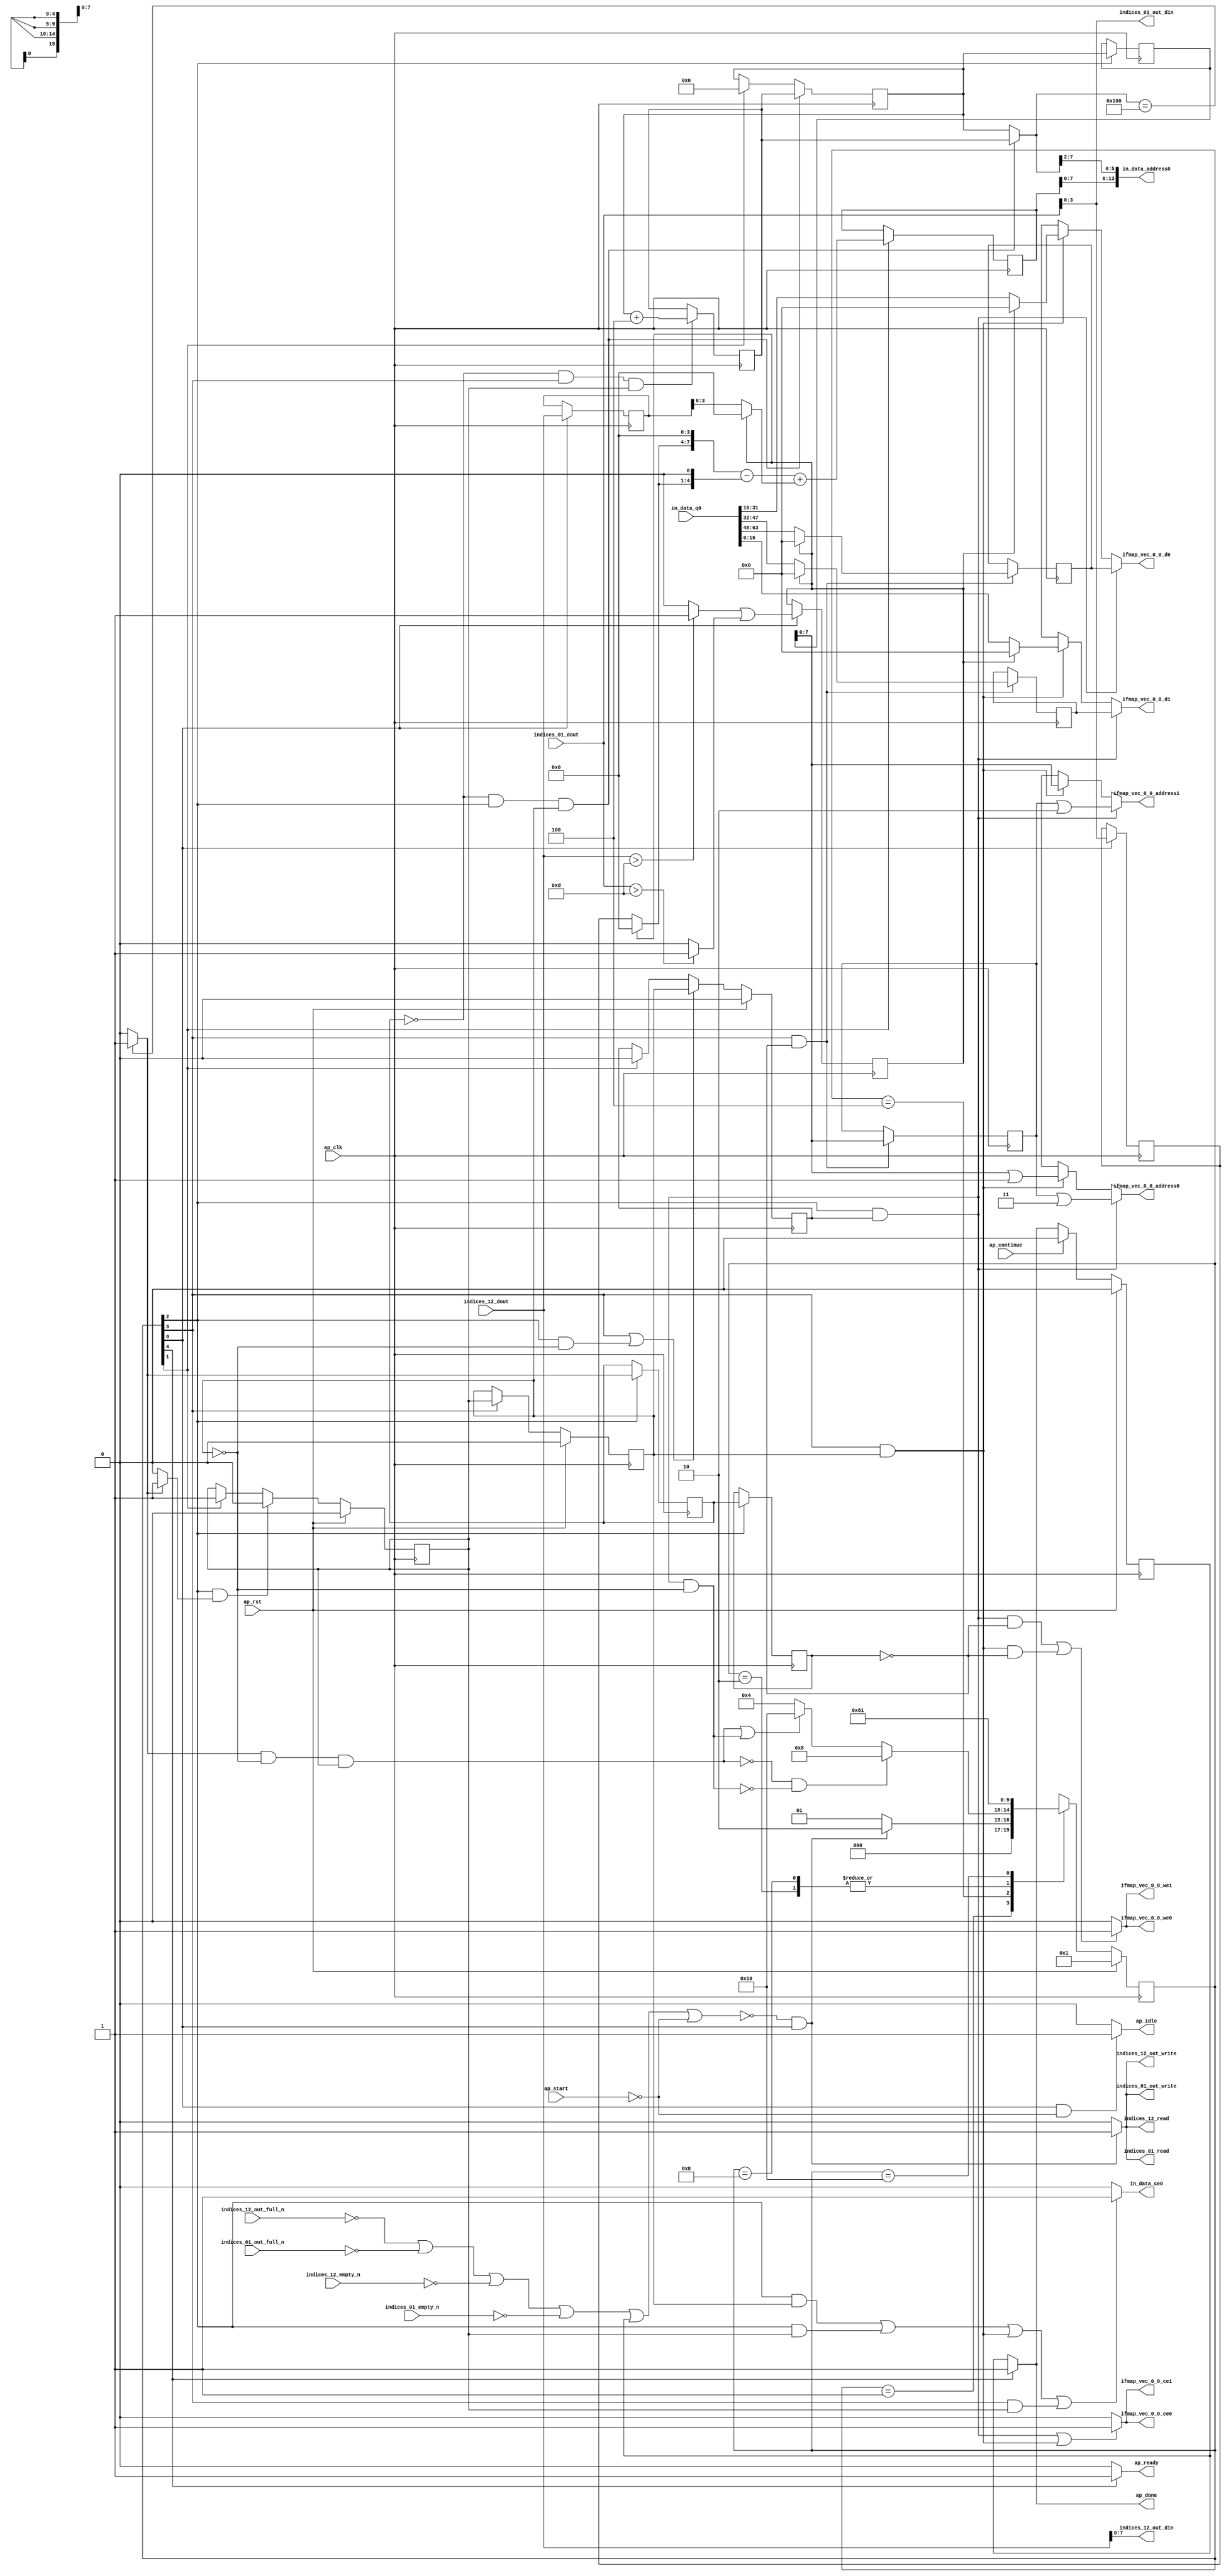
`define EXPONENT 5
`define MANTISSA 10
`define ACTUAL_MANTISSA 11
`define EXPONENT_LSB 10
`define EXPONENT_MSB 14
`define MANTISSA_LSB 0
`define MANTISSA_MSB 9
`define MANTISSA_MUL_SPLIT_LSB 3
`define MANTISSA_MUL_SPLIT_MSB 9
`define SIGN 1
`define SIGN_LOC 15
`define DWIDTH (`SIGN+`EXPONENT+`MANTISSA)
`define IEEE_COMPLIANCE 1

module td_fused_top_tdf9_readInputs (
        ap_clk,
        ap_rst,
        ap_start,
        ap_done,
        ap_continue,
        ap_idle,
        ap_ready,
        in_data_address0,
        in_data_ce0,
        in_data_q0,
        indices_01_dout,
        indices_01_empty_n,
        indices_01_read,
        indices_12_dout,
        indices_12_empty_n,
        indices_12_read,
        ifmap_vec_0_0_address0,
        ifmap_vec_0_0_ce0,
        ifmap_vec_0_0_we0,
        ifmap_vec_0_0_d0,
        ifmap_vec_0_0_address1,
        ifmap_vec_0_0_ce1,
        ifmap_vec_0_0_we1,
        ifmap_vec_0_0_d1,
        indices_01_out_din,
        indices_01_out_full_n,
        indices_01_out_write,
        indices_12_out_din,
        indices_12_out_full_n,
        indices_12_out_write
);

parameter    ap_ST_fsm_state1 = 5'd1;
parameter    ap_ST_fsm_state2 = 5'd2;
parameter    ap_ST_fsm_pp0_stage0 = 5'd4;
parameter    ap_ST_fsm_pp0_stage1 = 5'd8;
parameter    ap_ST_fsm_state8 = 5'd16;

input   ap_clk;
input   ap_rst;
input   ap_start;
output   ap_done;
input   ap_continue;
output   ap_idle;
output   ap_ready;
output  [13:0] in_data_address0;
output   in_data_ce0;
input  [63:0] in_data_q0;
input  [15:0] indices_01_dout;
input   indices_01_empty_n;
output   indices_01_read;
input  [15:0] indices_12_dout;
input   indices_12_empty_n;
output   indices_12_read;
output  [7:0] ifmap_vec_0_0_address0;
output   ifmap_vec_0_0_ce0;
output   ifmap_vec_0_0_we0;
output  [15:0] ifmap_vec_0_0_d0;
output  [7:0] ifmap_vec_0_0_address1;
output   ifmap_vec_0_0_ce1;
output   ifmap_vec_0_0_we1;
output  [15:0] ifmap_vec_0_0_d1;
output  [3:0] indices_01_out_din;
input   indices_01_out_full_n;
output   indices_01_out_write;
output  [7:0] indices_12_out_din;
input   indices_12_out_full_n;
output   indices_12_out_write;

reg ap_done;
reg ap_idle;
reg ap_ready;
reg in_data_ce0;
reg indices_01_read;
reg indices_12_read;
reg[7:0] ifmap_vec_0_0_address0;
reg ifmap_vec_0_0_ce0;
reg ifmap_vec_0_0_we0;
reg[15:0] ifmap_vec_0_0_d0;
reg[7:0] ifmap_vec_0_0_address1;
reg ifmap_vec_0_0_ce1;
reg ifmap_vec_0_0_we1;
reg[15:0] ifmap_vec_0_0_d1;
reg indices_01_out_write;
reg indices_12_out_write;

reg    ap_done_reg;
  reg   [4:0] ap_CS_fsm;
wire    ap_CS_fsm_state1;
reg    indices_01_blk_n;
reg    indices_12_blk_n;
reg    indices_01_out_blk_n;
reg    indices_12_out_blk_n;
reg   [8:0] kk_0_i_i_reg_180;
reg   [8:0] kk_0_i_i_reg_180_pp0_iter1_reg;
wire    ap_CS_fsm_pp0_stage0;
wire    ap_block_state3_pp0_stage0_iter0;
wire    ap_block_state5_pp0_stage0_iter1;
wire    ap_block_state7_pp0_stage0_iter2;
wire    ap_block_pp0_stage0_11001;
wire   [3:0] trunc_ln135_fu_192_p1;
reg   [3:0] trunc_ln135_reg_434;
reg   [15:0] col_coord_reg_439;
wire   [0:0] is_padding_fu_214_p2;
reg   [0:0] is_padding_reg_444;
wire   [9:0] add_ln32_fu_274_p2;
reg   [9:0] add_ln32_reg_454;
wire    ap_CS_fsm_state2;
wire   [0:0] icmp_ln25_fu_280_p2;
reg   [0:0] icmp_ln25_reg_459;
reg   [0:0] icmp_ln25_reg_459_pp0_iter1_reg;
wire   [8:0] add_ln25_fu_308_p2;
reg   [8:0] add_ln25_reg_468;
wire    ap_CS_fsm_pp0_stage1;
reg    ap_enable_reg_pp0_iter0;
wire    ap_block_state4_pp0_stage1_iter0;
wire    ap_block_state6_pp0_stage1_iter1;
wire    ap_block_pp0_stage1_11001;
wire   [7:0] empty_56_fu_314_p1;
reg   [7:0] empty_56_reg_473;
wire   [15:0] select_ln33_2_fu_386_p3;
reg   [15:0] select_ln33_2_reg_479;
wire   [15:0] select_ln33_3_fu_407_p3;
reg   [15:0] select_ln33_3_reg_484;
wire    ap_block_pp0_stage0_subdone;
reg    ap_condition_pp0_exit_iter0_state3;
reg    ap_enable_reg_pp0_iter1;
wire    ap_block_pp0_stage1_subdone;
reg    ap_enable_reg_pp0_iter2;
reg   [8:0] ap_phi_mux_kk_0_i_i_phi_fu_184_p4;
wire    ap_block_pp0_stage0;
wire   [63:0] sext_ln32_fu_303_p1;
wire   [63:0] zext_ln32_fu_318_p1;
wire    ap_block_pp0_stage1;
wire   [63:0] zext_ln32_2_fu_345_p1;
wire   [63:0] zext_ln32_3_fu_419_p1;
wire   [63:0] zext_ln32_4_fu_429_p1;
reg    ap_block_state1;
wire   [15:0] select_ln33_fu_331_p3;
wire   [15:0] select_ln33_1_fu_364_p3;
wire   [0:0] cmp7_i_i_fu_202_p2;
wire   [0:0] icmp_ln24_fu_208_p2;
wire   [3:0] empty_54_fu_220_p1;
wire   [3:0] row_coord_int_fu_223_p3;
wire   [7:0] tmp_fu_236_p3;
wire   [4:0] tmp_4_fu_248_p3;
wire   [8:0] zext_ln32_1_fu_244_p1;
wire   [8:0] zext_ln32_5_fu_256_p1;
wire   [8:0] sub_ln32_fu_260_p2;
wire   [3:0] col_coord_int_fu_229_p3;
wire   [9:0] sub_ln32_cast_fu_266_p1;
wire   [9:0] zext_ln32_6_fu_270_p1;
wire   [5:0] lshr_ln_fu_286_p4;
wire   [15:0] tmp_1_fu_296_p3;
wire   [15:0] trunc_ln32_fu_323_p1;
wire   [15:0] bitcast_ln32_fu_327_p1;
wire   [7:0] or_ln25_fu_339_p2;
wire   [15:0] tmp_4_i_i_fu_350_p4;
wire   [15:0] bitcast_ln32_1_fu_360_p1;
wire   [15:0] tmp_5_i_i_fu_372_p4;
wire   [15:0] bitcast_ln32_2_fu_382_p1;
wire   [15:0] tmp_6_i_i_fu_393_p4;
wire   [15:0] bitcast_ln32_3_fu_403_p1;
wire   [7:0] or_ln25_1_fu_414_p2;
wire   [7:0] or_ln25_2_fu_424_p2;
wire    ap_CS_fsm_state8;
reg   [4:0] ap_NS_fsm;
reg    ap_idle_pp0;
wire    ap_enable_pp0;
wire    ap_ce_reg;

// power-on initialization
initial begin
#0 ap_done_reg = 1'b0;
#0 ap_CS_fsm = 5'd1;
#0 ap_enable_reg_pp0_iter0 = 1'b0;
#0 ap_enable_reg_pp0_iter1 = 1'b0;
#0 ap_enable_reg_pp0_iter2 = 1'b0;
end

always @ (posedge ap_clk) begin
    if (ap_rst == 1'b1) begin
        ap_CS_fsm <= ap_ST_fsm_state1;
    end else begin
        ap_CS_fsm <= ap_NS_fsm;
    end
end

always @ (posedge ap_clk) begin
    if (ap_rst == 1'b1) begin
        ap_done_reg <= 1'b0;
    end else begin
        if ((ap_continue == 1'b1)) begin
            ap_done_reg <= 1'b0;
        end else if ((1'b1 == ap_CS_fsm_state8)) begin
            ap_done_reg <= 1'b1;
        end
    end
end

always @ (posedge ap_clk) begin
    if (ap_rst == 1'b1) begin
        ap_enable_reg_pp0_iter0 <= 1'b0;
    end else begin
        if (((1'b0 == ap_block_pp0_stage0_subdone) & (1'b1 == ap_CS_fsm_pp0_stage0) & (1'b1 == ap_condition_pp0_exit_iter0_state3))) begin
            ap_enable_reg_pp0_iter0 <= 1'b0;
        end else if ((1'b1 == ap_CS_fsm_state2)) begin
            ap_enable_reg_pp0_iter0 <= 1'b1;
        end
    end
end

always @ (posedge ap_clk) begin
    if (ap_rst == 1'b1) begin
        ap_enable_reg_pp0_iter1 <= 1'b0;
    end else begin
        if (((1'b0 == ap_block_pp0_stage1_subdone) & (1'b1 == ap_CS_fsm_pp0_stage1))) begin
            ap_enable_reg_pp0_iter1 <= ap_enable_reg_pp0_iter0;
        end
    end
end

always @ (posedge ap_clk) begin
    if (ap_rst == 1'b1) begin
        ap_enable_reg_pp0_iter2 <= 1'b0;
    end else begin
        if ((((1'b0 == ap_block_pp0_stage1_subdone) & (1'b1 == ap_CS_fsm_pp0_stage1)) | ((1'b0 == ap_block_pp0_stage0_subdone) & (1'b1 == ap_CS_fsm_pp0_stage0) & (ap_enable_reg_pp0_iter1 == 1'b0)))) begin
            ap_enable_reg_pp0_iter2 <= ap_enable_reg_pp0_iter1;
        end else if ((1'b1 == ap_CS_fsm_state2)) begin
            ap_enable_reg_pp0_iter2 <= 1'b0;
        end
    end
end

always @ (posedge ap_clk) begin
    if (((icmp_ln25_reg_459 == 1'd0) & (1'b0 == ap_block_pp0_stage0_11001) & (1'b1 == ap_CS_fsm_pp0_stage0) & (ap_enable_reg_pp0_iter1 == 1'b1))) begin
        kk_0_i_i_reg_180 <= add_ln25_reg_468;
    end else if ((1'b1 == ap_CS_fsm_state2)) begin
        kk_0_i_i_reg_180 <= 9'd0;
    end
end

always @ (posedge ap_clk) begin
    if (((icmp_ln25_reg_459 == 1'd0) & (1'b0 == ap_block_pp0_stage1_11001) & (1'b1 == ap_CS_fsm_pp0_stage1) & (ap_enable_reg_pp0_iter0 == 1'b1))) begin
        add_ln25_reg_468 <= add_ln25_fu_308_p2;
    end
end

always @ (posedge ap_clk) begin
    if ((1'b1 == ap_CS_fsm_state2)) begin
        add_ln32_reg_454 <= add_ln32_fu_274_p2;
    end
end

always @ (posedge ap_clk) begin
    if ((1'b1 == ap_CS_fsm_state1)) begin
        col_coord_reg_439 <= indices_12_dout;
        is_padding_reg_444 <= is_padding_fu_214_p2;
        trunc_ln135_reg_434 <= trunc_ln135_fu_192_p1;
    end
end

always @ (posedge ap_clk) begin
    if (((1'b0 == ap_block_pp0_stage1_11001) & (1'b1 == ap_CS_fsm_pp0_stage1) & (icmp_ln25_reg_459_pp0_iter1_reg == 1'd0))) begin
        empty_56_reg_473 <= empty_56_fu_314_p1;
        select_ln33_2_reg_479 <= select_ln33_2_fu_386_p3;
        select_ln33_3_reg_484 <= select_ln33_3_fu_407_p3;
    end
end

always @ (posedge ap_clk) begin
    if (((1'b0 == ap_block_pp0_stage0_11001) & (1'b1 == ap_CS_fsm_pp0_stage0))) begin
        icmp_ln25_reg_459 <= icmp_ln25_fu_280_p2;
        icmp_ln25_reg_459_pp0_iter1_reg <= icmp_ln25_reg_459;
        kk_0_i_i_reg_180_pp0_iter1_reg <= kk_0_i_i_reg_180;
    end
end

always @ (*) begin
    if ((icmp_ln25_fu_280_p2 == 1'd1)) begin
        ap_condition_pp0_exit_iter0_state3 = 1'b1;
    end else begin
        ap_condition_pp0_exit_iter0_state3 = 1'b0;
    end
end

always @ (*) begin
    if ((1'b1 == ap_CS_fsm_state8)) begin
        ap_done = 1'b1;
    end else begin
        ap_done = ap_done_reg;
    end
end

always @ (*) begin
    if (((1'b1 == ap_CS_fsm_state1) & (ap_start == 1'b0))) begin
        ap_idle = 1'b1;
    end else begin
        ap_idle = 1'b0;
    end
end

always @ (*) begin
    if (((ap_enable_reg_pp0_iter2 == 1'b0) & (ap_enable_reg_pp0_iter1 == 1'b0) & (ap_enable_reg_pp0_iter0 == 1'b0))) begin
        ap_idle_pp0 = 1'b1;
    end else begin
        ap_idle_pp0 = 1'b0;
    end
end

always @ (*) begin
    if (((icmp_ln25_reg_459 == 1'd0) & (1'b0 == ap_block_pp0_stage0) & (1'b1 == ap_CS_fsm_pp0_stage0) & (ap_enable_reg_pp0_iter1 == 1'b1))) begin
        ap_phi_mux_kk_0_i_i_phi_fu_184_p4 = add_ln25_reg_468;
    end else begin
        ap_phi_mux_kk_0_i_i_phi_fu_184_p4 = kk_0_i_i_reg_180;
    end
end

always @ (*) begin
    if ((1'b1 == ap_CS_fsm_state8)) begin
        ap_ready = 1'b1;
    end else begin
        ap_ready = 1'b0;
    end
end

always @ (*) begin
    if (((1'b0 == ap_block_pp0_stage0) & (1'b1 == ap_CS_fsm_pp0_stage0) & (ap_enable_reg_pp0_iter2 == 1'b1))) begin
        ifmap_vec_0_0_address0 = zext_ln32_4_fu_429_p1;
    end else if (((1'b0 == ap_block_pp0_stage1) & (1'b1 == ap_CS_fsm_pp0_stage1) & (ap_enable_reg_pp0_iter1 == 1'b1))) begin
        ifmap_vec_0_0_address0 = zext_ln32_2_fu_345_p1;
    end else begin
        ifmap_vec_0_0_address0 = 'bx;
    end
end

always @ (*) begin
    if (((1'b0 == ap_block_pp0_stage0) & (1'b1 == ap_CS_fsm_pp0_stage0) & (ap_enable_reg_pp0_iter2 == 1'b1))) begin
        ifmap_vec_0_0_address1 = zext_ln32_3_fu_419_p1;
    end else if (((1'b0 == ap_block_pp0_stage1) & (1'b1 == ap_CS_fsm_pp0_stage1) & (ap_enable_reg_pp0_iter1 == 1'b1))) begin
        ifmap_vec_0_0_address1 = zext_ln32_fu_318_p1;
    end else begin
        ifmap_vec_0_0_address1 = 'bx;
    end
end

always @ (*) begin
    if ((((1'b0 == ap_block_pp0_stage0_11001) & (1'b1 == ap_CS_fsm_pp0_stage0) & (ap_enable_reg_pp0_iter2 == 1'b1)) | ((1'b0 == ap_block_pp0_stage1_11001) & (1'b1 == ap_CS_fsm_pp0_stage1) & (ap_enable_reg_pp0_iter1 == 1'b1)))) begin
        ifmap_vec_0_0_ce0 = 1'b1;
    end else begin
        ifmap_vec_0_0_ce0 = 1'b0;
    end
end

always @ (*) begin
    if ((((1'b0 == ap_block_pp0_stage0_11001) & (1'b1 == ap_CS_fsm_pp0_stage0) & (ap_enable_reg_pp0_iter2 == 1'b1)) | ((1'b0 == ap_block_pp0_stage1_11001) & (1'b1 == ap_CS_fsm_pp0_stage1) & (ap_enable_reg_pp0_iter1 == 1'b1)))) begin
        ifmap_vec_0_0_ce1 = 1'b1;
    end else begin
        ifmap_vec_0_0_ce1 = 1'b0;
    end
end

always @ (*) begin
    if (((1'b0 == ap_block_pp0_stage0) & (1'b1 == ap_CS_fsm_pp0_stage0) & (ap_enable_reg_pp0_iter2 == 1'b1))) begin
        ifmap_vec_0_0_d0 = select_ln33_3_reg_484;
    end else if (((1'b0 == ap_block_pp0_stage1) & (1'b1 == ap_CS_fsm_pp0_stage1) & (ap_enable_reg_pp0_iter1 == 1'b1))) begin
        ifmap_vec_0_0_d0 = select_ln33_1_fu_364_p3;
    end else begin
        ifmap_vec_0_0_d0 = 'bx;
    end
end

always @ (*) begin
    if (((1'b0 == ap_block_pp0_stage0) & (1'b1 == ap_CS_fsm_pp0_stage0) & (ap_enable_reg_pp0_iter2 == 1'b1))) begin
        ifmap_vec_0_0_d1 = select_ln33_2_reg_479;
    end else if (((1'b0 == ap_block_pp0_stage1) & (1'b1 == ap_CS_fsm_pp0_stage1) & (ap_enable_reg_pp0_iter1 == 1'b1))) begin
        ifmap_vec_0_0_d1 = select_ln33_fu_331_p3;
    end else begin
        ifmap_vec_0_0_d1 = 'bx;
    end
end

always @ (*) begin
    if ((((1'b0 == ap_block_pp0_stage0_11001) & (1'b1 == ap_CS_fsm_pp0_stage0) & (ap_enable_reg_pp0_iter2 == 1'b1) & (icmp_ln25_reg_459_pp0_iter1_reg == 1'd0)) | ((1'b0 == ap_block_pp0_stage1_11001) & (1'b1 == ap_CS_fsm_pp0_stage1) & (ap_enable_reg_pp0_iter1 == 1'b1) & (icmp_ln25_reg_459_pp0_iter1_reg == 1'd0)))) begin
        ifmap_vec_0_0_we0 = 1'b1;
    end else begin
        ifmap_vec_0_0_we0 = 1'b0;
    end
end

always @ (*) begin
    if ((((1'b0 == ap_block_pp0_stage0_11001) & (1'b1 == ap_CS_fsm_pp0_stage0) & (ap_enable_reg_pp0_iter2 == 1'b1) & (icmp_ln25_reg_459_pp0_iter1_reg == 1'd0)) | ((1'b0 == ap_block_pp0_stage1_11001) & (1'b1 == ap_CS_fsm_pp0_stage1) & (ap_enable_reg_pp0_iter1 == 1'b1) & (icmp_ln25_reg_459_pp0_iter1_reg == 1'd0)))) begin
        ifmap_vec_0_0_we1 = 1'b1;
    end else begin
        ifmap_vec_0_0_we1 = 1'b0;
    end
end

always @ (*) begin
    if ((((1'b0 == ap_block_pp0_stage0_11001) & (1'b1 == ap_CS_fsm_pp0_stage0) & (ap_enable_reg_pp0_iter1 == 1'b1)) | ((1'b0 == ap_block_pp0_stage0_11001) & (1'b1 == ap_CS_fsm_pp0_stage0) & (ap_enable_reg_pp0_iter0 == 1'b1)) | ((1'b0 == ap_block_pp0_stage1_11001) & (1'b1 == ap_CS_fsm_pp0_stage1) & (ap_enable_reg_pp0_iter1 == 1'b1)) | ((1'b0 == ap_block_pp0_stage1_11001) & (1'b1 == ap_CS_fsm_pp0_stage1) & (ap_enable_reg_pp0_iter0 == 1'b1)))) begin
        in_data_ce0 = 1'b1;
    end else begin
        in_data_ce0 = 1'b0;
    end
end

always @ (*) begin
    if ((~((ap_done_reg == 1'b1) | (ap_start == 1'b0)) & (1'b1 == ap_CS_fsm_state1))) begin
        indices_01_blk_n = indices_01_empty_n;
    end else begin
        indices_01_blk_n = 1'b1;
    end
end

always @ (*) begin
    if ((~((ap_done_reg == 1'b1) | (ap_start == 1'b0)) & (1'b1 == ap_CS_fsm_state1))) begin
        indices_01_out_blk_n = indices_01_out_full_n;
    end else begin
        indices_01_out_blk_n = 1'b1;
    end
end

always @ (*) begin
    if ((~((indices_12_out_full_n == 1'b0) | (indices_01_out_full_n == 1'b0) | (indices_12_empty_n == 1'b0) | (indices_01_empty_n == 1'b0) | (ap_done_reg == 1'b1) | (ap_start == 1'b0)) & (1'b1 == ap_CS_fsm_state1))) begin
        indices_01_out_write = 1'b1;
    end else begin
        indices_01_out_write = 1'b0;
    end
end

always @ (*) begin
    if ((~((indices_12_out_full_n == 1'b0) | (indices_01_out_full_n == 1'b0) | (indices_12_empty_n == 1'b0) | (indices_01_empty_n == 1'b0) | (ap_done_reg == 1'b1) | (ap_start == 1'b0)) & (1'b1 == ap_CS_fsm_state1))) begin
        indices_01_read = 1'b1;
    end else begin
        indices_01_read = 1'b0;
    end
end

always @ (*) begin
    if ((~((ap_done_reg == 1'b1) | (ap_start == 1'b0)) & (1'b1 == ap_CS_fsm_state1))) begin
        indices_12_blk_n = indices_12_empty_n;
    end else begin
        indices_12_blk_n = 1'b1;
    end
end

always @ (*) begin
    if ((~((ap_done_reg == 1'b1) | (ap_start == 1'b0)) & (1'b1 == ap_CS_fsm_state1))) begin
        indices_12_out_blk_n = indices_12_out_full_n;
    end else begin
        indices_12_out_blk_n = 1'b1;
    end
end

always @ (*) begin
    if ((~((indices_12_out_full_n == 1'b0) | (indices_01_out_full_n == 1'b0) | (indices_12_empty_n == 1'b0) | (indices_01_empty_n == 1'b0) | (ap_done_reg == 1'b1) | (ap_start == 1'b0)) & (1'b1 == ap_CS_fsm_state1))) begin
        indices_12_out_write = 1'b1;
    end else begin
        indices_12_out_write = 1'b0;
    end
end

always @ (*) begin
    if ((~((indices_12_out_full_n == 1'b0) | (indices_01_out_full_n == 1'b0) | (indices_12_empty_n == 1'b0) | (indices_01_empty_n == 1'b0) | (ap_done_reg == 1'b1) | (ap_start == 1'b0)) & (1'b1 == ap_CS_fsm_state1))) begin
        indices_12_read = 1'b1;
    end else begin
        indices_12_read = 1'b0;
    end
end

always @ (*) begin
    case (ap_CS_fsm)
        ap_ST_fsm_state1 : begin
            if ((~((indices_12_out_full_n == 1'b0) | (indices_01_out_full_n == 1'b0) | (indices_12_empty_n == 1'b0) | (indices_01_empty_n == 1'b0) | (ap_done_reg == 1'b1) | (ap_start == 1'b0)) & (1'b1 == ap_CS_fsm_state1))) begin
                ap_NS_fsm = ap_ST_fsm_state2;
            end else begin
                ap_NS_fsm = ap_ST_fsm_state1;
            end
        end
        ap_ST_fsm_state2 : begin
            ap_NS_fsm = ap_ST_fsm_pp0_stage0;
        end
        ap_ST_fsm_pp0_stage0 : begin
            if ((~((icmp_ln25_fu_280_p2 == 1'd1) & (1'b0 == ap_block_pp0_stage0_subdone) & (ap_enable_reg_pp0_iter1 == 1'b0) & (ap_enable_reg_pp0_iter0 == 1'b1)) & ~((1'b0 == ap_block_pp0_stage0_subdone) & (1'b1 == ap_CS_fsm_pp0_stage0) & (ap_enable_reg_pp0_iter2 == 1'b1) & (ap_enable_reg_pp0_iter1 == 1'b0)) & (1'b0 == ap_block_pp0_stage0_subdone))) begin
                ap_NS_fsm = ap_ST_fsm_pp0_stage1;
            end else if ((((icmp_ln25_fu_280_p2 == 1'd1) & (1'b0 == ap_block_pp0_stage0_subdone) & (ap_enable_reg_pp0_iter1 == 1'b0) & (ap_enable_reg_pp0_iter0 == 1'b1)) | ((1'b0 == ap_block_pp0_stage0_subdone) & (1'b1 == ap_CS_fsm_pp0_stage0) & (ap_enable_reg_pp0_iter2 == 1'b1) & (ap_enable_reg_pp0_iter1 == 1'b0)))) begin
                ap_NS_fsm = ap_ST_fsm_state8;
            end else begin
                ap_NS_fsm = ap_ST_fsm_pp0_stage0;
            end
        end
        ap_ST_fsm_pp0_stage1 : begin
            if ((1'b0 == ap_block_pp0_stage1_subdone)) begin
                ap_NS_fsm = ap_ST_fsm_pp0_stage0;
            end else begin
                ap_NS_fsm = ap_ST_fsm_pp0_stage1;
            end
        end
        ap_ST_fsm_state8 : begin
            ap_NS_fsm = ap_ST_fsm_state1;
        end
        default : begin
            ap_NS_fsm = 'bx;
        end
    endcase
end

assign add_ln25_fu_308_p2 = (kk_0_i_i_reg_180 + 9'd4);

assign add_ln32_fu_274_p2 = ((sub_ln32_cast_fu_266_p1) + (zext_ln32_6_fu_270_p1));

assign ap_CS_fsm_pp0_stage0 = ap_CS_fsm[32'd2];

assign ap_CS_fsm_pp0_stage1 = ap_CS_fsm[32'd3];

assign ap_CS_fsm_state1 = ap_CS_fsm[32'd0];

assign ap_CS_fsm_state2 = ap_CS_fsm[32'd1];

assign ap_CS_fsm_state8 = ap_CS_fsm[32'd4];

assign ap_block_pp0_stage0 = ~(1'b1 == 1'b1);

assign ap_block_pp0_stage0_11001 = ~(1'b1 == 1'b1);

assign ap_block_pp0_stage0_subdone = ~(1'b1 == 1'b1);

assign ap_block_pp0_stage1 = ~(1'b1 == 1'b1);

assign ap_block_pp0_stage1_11001 = ~(1'b1 == 1'b1);

assign ap_block_pp0_stage1_subdone = ~(1'b1 == 1'b1);

always @ (*) begin
    ap_block_state1 = ((indices_12_out_full_n == 1'b0) | (indices_01_out_full_n == 1'b0) | (indices_12_empty_n == 1'b0) | (indices_01_empty_n == 1'b0) | (ap_done_reg == 1'b1) | (ap_start == 1'b0));
end

assign ap_block_state3_pp0_stage0_iter0 = ~(1'b1 == 1'b1);

assign ap_block_state4_pp0_stage1_iter0 = ~(1'b1 == 1'b1);

assign ap_block_state5_pp0_stage0_iter1 = ~(1'b1 == 1'b1);

assign ap_block_state6_pp0_stage1_iter1 = ~(1'b1 == 1'b1);

assign ap_block_state7_pp0_stage0_iter2 = ~(1'b1 == 1'b1);

assign ap_enable_pp0 = (ap_idle_pp0 ^ 1'b1);

assign bitcast_ln32_1_fu_360_p1 = tmp_4_i_i_fu_350_p4;

assign bitcast_ln32_2_fu_382_p1 = tmp_5_i_i_fu_372_p4;

assign bitcast_ln32_3_fu_403_p1 = tmp_6_i_i_fu_393_p4;

assign bitcast_ln32_fu_327_p1 = trunc_ln32_fu_323_p1;

assign cmp7_i_i_fu_202_p2 = ((indices_01_dout > 16'd13) ? 1'b1 : 1'b0);

assign col_coord_int_fu_229_p3 = ((is_padding_reg_444[0:0] == 1'b1) ? 4'd0 : empty_54_fu_220_p1);

assign empty_54_fu_220_p1 = col_coord_reg_439[3:0];

assign empty_56_fu_314_p1 = kk_0_i_i_reg_180_pp0_iter1_reg[7:0];

assign icmp_ln24_fu_208_p2 = ((indices_12_dout > 16'd13) ? 1'b1 : 1'b0);

assign icmp_ln25_fu_280_p2 = ((ap_phi_mux_kk_0_i_i_phi_fu_184_p4 == 9'd256) ? 1'b1 : 1'b0);

assign in_data_address0 = sext_ln32_fu_303_p1;

assign indices_01_out_din = indices_01_dout[3:0];

assign indices_12_out_din = indices_12_dout[7:0];

assign is_padding_fu_214_p2 = (icmp_ln24_fu_208_p2 | cmp7_i_i_fu_202_p2);

assign lshr_ln_fu_286_p4 = {{ap_phi_mux_kk_0_i_i_phi_fu_184_p4[7:2]}};

assign or_ln25_1_fu_414_p2 = (empty_56_reg_473 | 8'd2);

assign or_ln25_2_fu_424_p2 = (empty_56_reg_473 | 8'd3);

assign or_ln25_fu_339_p2 = (empty_56_fu_314_p1 | 8'd1);

assign row_coord_int_fu_223_p3 = ((is_padding_reg_444[0:0] == 1'b1) ? 4'd0 : trunc_ln135_reg_434);

assign select_ln33_1_fu_364_p3 = ((is_padding_reg_444[0:0] == 1'b1) ? 16'd0 : bitcast_ln32_1_fu_360_p1);

assign select_ln33_2_fu_386_p3 = ((is_padding_reg_444[0:0] == 1'b1) ? 16'd0 : bitcast_ln32_2_fu_382_p1);

assign select_ln33_3_fu_407_p3 = ((is_padding_reg_444[0:0] == 1'b1) ? 16'd0 : bitcast_ln32_3_fu_403_p1);

assign select_ln33_fu_331_p3 = ((is_padding_reg_444[0:0] == 1'b1) ? 16'd0 : bitcast_ln32_fu_327_p1);

assign sext_ln32_fu_303_p1 = (tmp_1_fu_296_p3);

assign sub_ln32_cast_fu_266_p1 = (sub_ln32_fu_260_p2);

assign sub_ln32_fu_260_p2 = (zext_ln32_1_fu_244_p1 - zext_ln32_5_fu_256_p1);

assign tmp_1_fu_296_p3 = {{add_ln32_reg_454}, {lshr_ln_fu_286_p4}};

assign tmp_4_fu_248_p3 = {{row_coord_int_fu_223_p3}, {1'd0}};

assign tmp_4_i_i_fu_350_p4 = {{in_data_q0[31:16]}};

assign tmp_5_i_i_fu_372_p4 = {{in_data_q0[47:32]}};

assign tmp_6_i_i_fu_393_p4 = {{in_data_q0[63:48]}};

assign tmp_fu_236_p3 = {{row_coord_int_fu_223_p3}, {4'd0}};

assign trunc_ln135_fu_192_p1 = indices_01_dout[3:0];

assign trunc_ln32_fu_323_p1 = in_data_q0[15:0];

assign zext_ln32_1_fu_244_p1 = tmp_fu_236_p3;

assign zext_ln32_2_fu_345_p1 = or_ln25_fu_339_p2;

assign zext_ln32_3_fu_419_p1 = or_ln25_1_fu_414_p2;

assign zext_ln32_4_fu_429_p1 = or_ln25_2_fu_424_p2;

assign zext_ln32_5_fu_256_p1 = tmp_4_fu_248_p3;

assign zext_ln32_6_fu_270_p1 = col_coord_int_fu_229_p3;

assign zext_ln32_fu_318_p1 = kk_0_i_i_reg_180_pp0_iter1_reg;

endmodule //td_fused_top_tdf9_readInputs